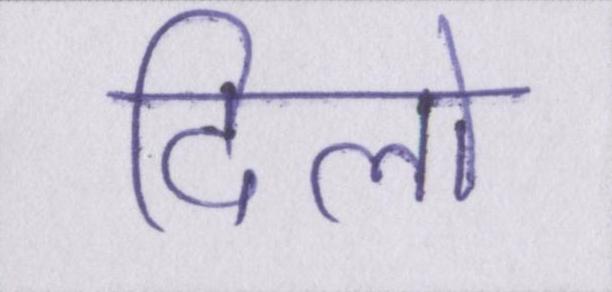
दिलो